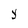
Character: y